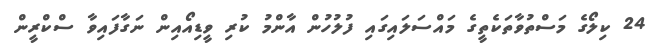
24 ކިލޯގެ މަސްތުވާތަކެތީގެ މައްސަލައިގައި ފުލުހުން އާންމު ކުރި ވީޑިއޯއިން ނަގާފައިވާ ސްކްރީން